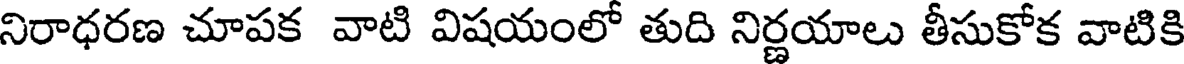
నిరాధరణ చూపక వాటి విషయంలో తుది నిర్ణయాలు తీసుకోక వాటికి